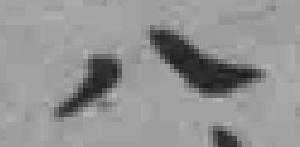
八